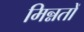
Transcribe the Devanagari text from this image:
मिन्नतों